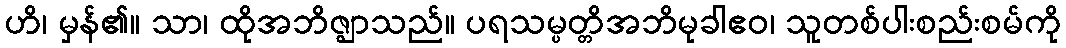
ဟိ၊ မှန်၏။ သာ၊ ထိုအဘိဇ္ဈာသည်။ ပရသမ္ပတ္တိအဘိမုခါဧဝ၊ သူတစ်ပါးစည်းစမ်ကို